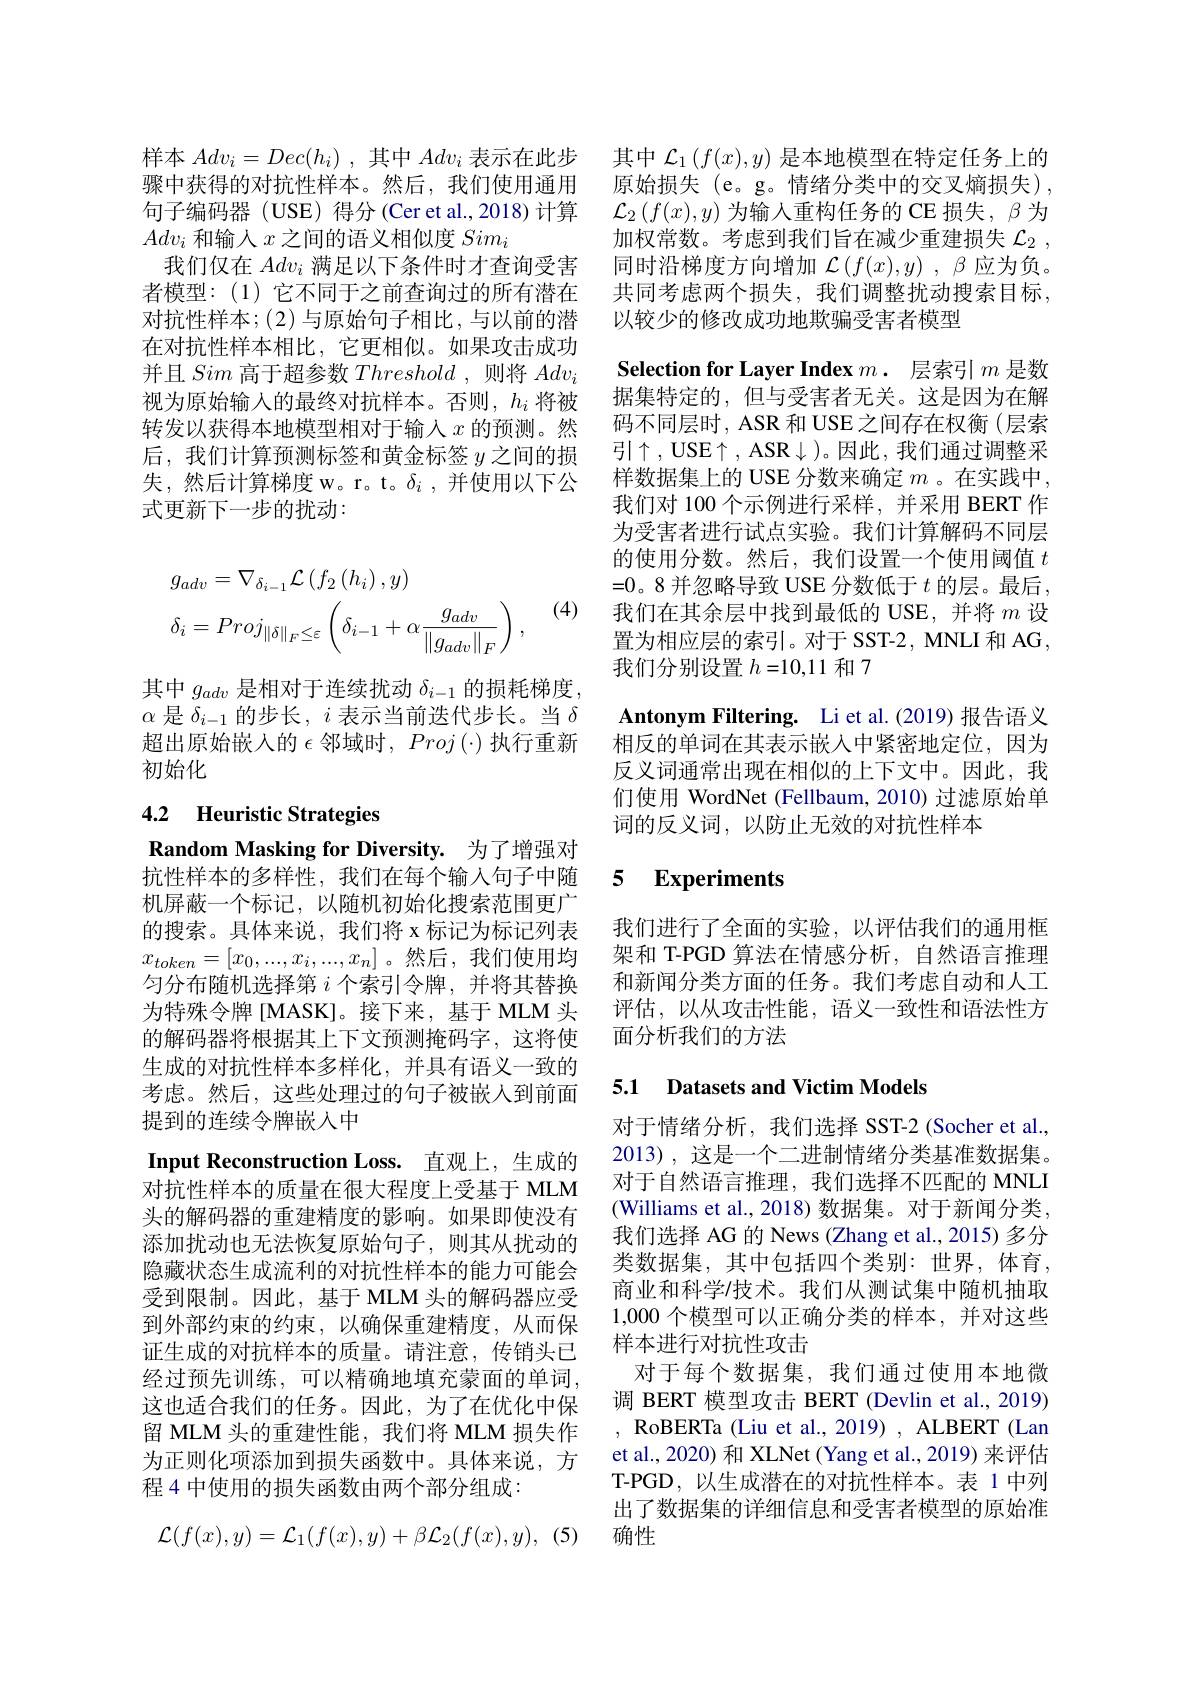
$Adv_i$和输入$x$之间的语义相似度$Sim_i$
者模型：(1)它不同于之前查询过的所有潜在对抗性样本；(2)与原始句子相比，与以前的潜在对抗性样本相比，它更相似。如果攻击成功并且Sim高于超参数Threshold ,则将$Adv_i$ 视为原始输入的最终对抗样本。否则，$h_i$将被转发以获得本地模型相对于输入$x$ 的预测。然后，我们计算预测标签和黄金标签$y$之间的损失，然后计算梯度 w。r。t。$\delta_i$,并使用以下公式更新下一步的扰动：
$$\begin{aligned}&g_{adv}=\nabla_{\delta_{i-1}}\mathcal{L}\left(f_{2}\left(h_{i}\right),y\right)\\&\delta_{i}=Proj_{\|\delta\|_{F}\leq\varepsilon}\left(\delta_{i-1}+\alpha\frac{g_{adv}}{\|g_{adv}\|_{F}}\right),\end{aligned}$$
(4)

其中$g_{adv}$是相对于连续扰动$\delta_i-1$的损耗梯度， $\alpha$是$\delta_{i-1}$的步长，$i$表示当前迭代步长。当$\delta$ 超出原始嵌入的$\epsilon$邻域时$,Proj\left(\cdot\right)$执行重新初始化

# 4.2 Heuristic Strategies

Input Reconstruction Loss. 直观上，生成的

Random Masking for Diversity. 为了增强对抗性样本的多样性，我们在每个输入句子中随机屏蔽一个标记，以随机初始化搜索范围更广的搜索。具体来说，我们将 x 标记为标记列表$x_{token}=[x_0,...,x_i,...,x_n]$。然后，我们使用均匀分布随机选择第$i$个索引令牌，并将其替换为特殊令牌[MASK]。接下来，基于 MLM 头的解码器将根据其上下文预测掩码字，这将使生成的对抗性样本多样化，并具有语义一致的考虑。然后，这些处理过的句子被嵌人到前面提到的连续令牌嵌人中
对抗性样本的质量在很大程度上受基于 MLM 头的解码器的重建精度的影响。如果即使没有添加扰动也无法恢复原始句子，则其从扰动的隐藏状态生成流利的对抗性样本的能力可能会受到限制。因此，基于 MLM 头的解码器应受到外部约束的约束，以确保重建精度，从而保证生成的对抗样本的质量。请注意，传销头已经过预先训练，可以精确地填充蒙面的单词， 这也适合我们的任务。因此，为了在优化中保留 MLM 头的重建性能，我们将 MLM 损失作为正则化项添加到损失函数中。具体来说，方程 4 中使用的损失函数由两个部分组成：
$$\mathcal L(f(x),y)=\mathcal L_1(f(x),y)+\beta\mathcal L_2(f(x),y),$$
样本$Adv_i=Dec(h_i)$ ,其中$Adv_i$表示在此步 其中$\mathcal{L}_1\left(f(x),y\right)$是本地模型在特定任务上的骤中获得的对抗性样本。然后，我们使用通用 原始损失 (e。g。情绪分类中的交叉熵损失) , 句子编码器 (USE) 得分(Ceret al.,2018)计算 $\mathcal{L}_2\left(f(x),y\right)$为输入重构任务的 CE 损失，$\beta$ 为
加权常数。考虑到我们旨在减少重建损失$\mathcal{L} _2$ ,
我们仅在$Adv_i$满足以下条件时才查询受害 同时沿梯度方向增加$\mathcal{L}\left(f(x),y\right),\beta$应为负。
共同考虑两个损失，我们调整扰动搜索目标，
以较少的修改成功地欺骗受害者模型

$\textbf{Selection for Layer Index }m.$ 层索引$m$ 是数据集特定的，但与受害者无关。这是因为在解码不同层时，ASR 和 USE 之间存在权衡(层索引$\uparrow$,USE$\uparrow$,ASR$\downarrow)$。因此，我们通过调整采样数据集上的 USE 分数来确定 $m$ 。在实践中， 我们对 100 个示例进行采样，并采用 BERT 作为受害者进行试点实验。我们计算解码不同层的使用分数。然后，我们设置一个使用阈值$t$ =0。8 并忽略导致 USE 分数低于 $t$ 的层。最后， 我们在其余层中找到最低的 USE, 并将$m$设置为相应层的索引。对于 SST-2, MNLI 和 AG, 我们分别设置$h=10,11$和 7
Antonym Filtering. Li et al.(2019) 报告语义

相反的单词在其表示嵌入中紧密地定位，因为反义词通常出现在相似的上下文中。因此，我们使用 WordNet (Fellbaum,2010) 过滤原始单词的反义词，以防止无效的对抗性样本

### 5 $\textbf{Experiments}$

我们进行了全面的实验，以评估我们的通用框架和 T-PGD 算法在情感分析，自然语言推理和新闻分类方面的任务。我们考虑自动和人工评估，以从攻击性能，语义一致性和语法性方面分析我们的方法

## 5.1 Datasets and Victim Models

对于情绪分析，我们选择 SST-2 (Socher et al., 2013),这是一个二进制情绪分类基准数据集。对于自然语言推理，我们选择不匹配的 MNLI (Williams et al., 2018) 数据集。对于新闻分类， 我们选择 AG 的 News (Zhang et al., 2015) 多分类数据集，其中包括四个类别：世界，体育， 商业和科学/技术。我们从测试集中随机抽取1,000个模型可以正确分类的样本，并对这些样本进行对抗性攻击
对于每个数据集，我们通过使用本地微调 BERT 模型攻击 BERT (Devlin et al., 2019) , RoBERTa (Liu et al., 2019) , ALBERT (Lan et al., 2020) 和 XLNet (Yang et al., 2019) 来评估T-PGD,以生成潜在的对抗性样本。表 1 中列出了数据集的详细信息和受害者模型的原始准确性